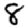
Digit: 8